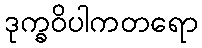
ဒုက္ခဝိပါကတရော